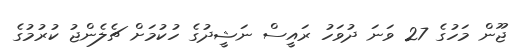
ޖޫން މަހުގެ 27 ވަނަ ދުވަހު ރައީސް ނަޝީދުގެ ހުކުމަށް ޗެލެންޖު ކުރުމުގެ